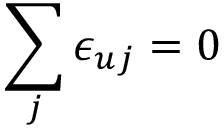
\sum _ { j } \epsilon _ { u j } = 0